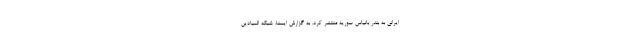
ایرانی به بندر بانیاس سوریه منتشر کرد. به گزارش ایسنا، شبکه المیادین